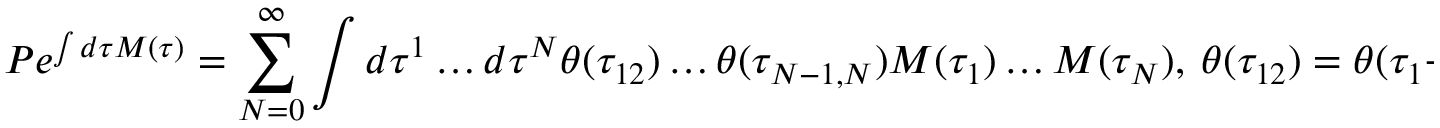
P e ^ { \int d \tau M ( \tau ) } = \sum _ { N = 0 } ^ { \infty } \int d \tau ^ { 1 } \dots d \tau ^ { N } \theta ( \tau _ { 1 2 } ) \dots \theta ( \tau _ { N - 1 , N } ) M ( \tau _ { 1 } ) \dots M ( \tau _ { N } ) , \ \theta ( \tau _ { 1 2 } ) = \theta ( \tau _ { 1 } - \tau _ { 2 } ) \ .